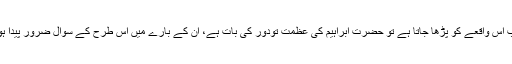
سچی بات یہ ہے کہ بائبل سے جب اس واقعے کو پڑھا جاتا ہے تو حضرت ابراہیم کی عظمت تودور کی بات ہے، ان کے بارے میں اس طرح کے سوال ضرور پیدا ہوجاتے ہیں جو کانٹ نے کیے ہیں۔